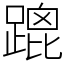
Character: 䠘